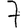
Digit: 7